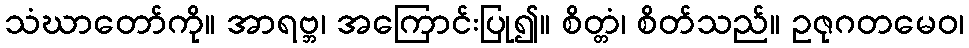
သံဃာတော်ကို။ အာရဗ္ဘ၊ အကြောင်းပြု၍။ စိတ္တံ၊ စိတ်သည်။ ဥဇုဂတမေဝ၊